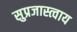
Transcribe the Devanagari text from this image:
सुप्रजास्त्वाय